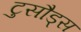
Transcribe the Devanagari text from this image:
टुसौड्स